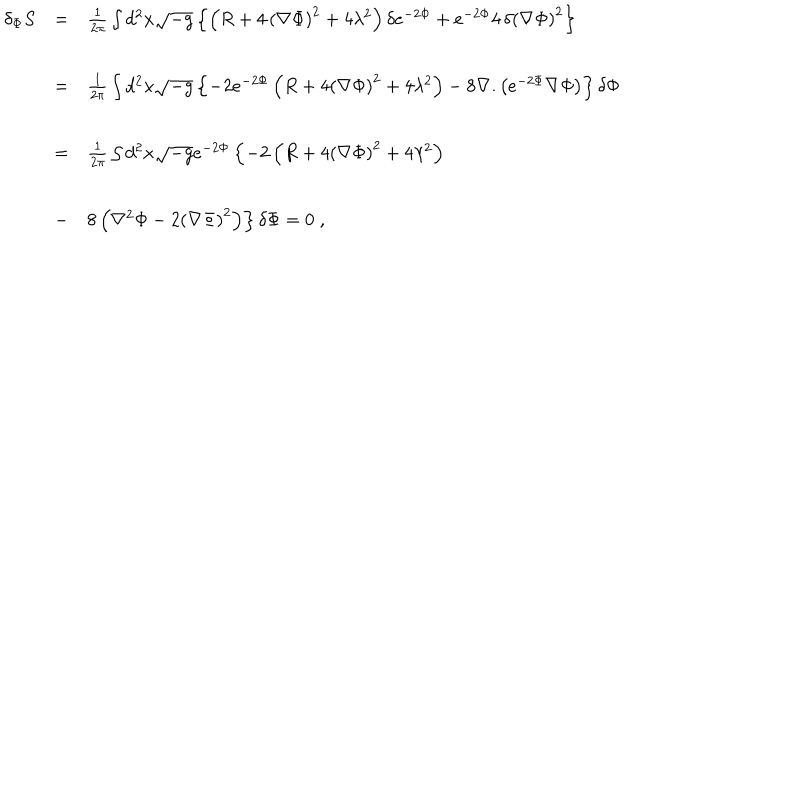
\begin{array} { l c l } { { \delta _ { \Phi } S } } & { { = } } & { { { \frac { 1 } { 2 \pi } } \int d ^ { 2 } x \sqrt { - g } \left\{ \left( R + 4 \, { \left( \nabla \Phi \right) } ^ { 2 } + 4 \lambda ^ { 2 } \right) \delta e ^ { - 2 \Phi } + e ^ { - 2 \Phi } 4 \, \delta { \left( \nabla \Phi \right) } ^ { 2 } \right\} } } \\ { { } } & { { = } } & { { { \frac { 1 } { 2 \pi } } \int d ^ { 2 } x \sqrt { - g } \left\{ - 2 e ^ { - 2 \Phi } \left( R + 4 { \left( \nabla \Phi \right) } ^ { 2 } + 4 \lambda ^ { 2 } \right) - 8 \nabla . \left( e ^ { - 2 \Phi } \nabla \Phi \right) \right\} \delta \Phi } } \\ { { } } & { { = } } & { { { \frac { 1 } { 2 \pi } } \int d ^ { 2 } x \sqrt { - g } e ^ { - 2 \Phi } \left\{ - 2 \left( R + 4 { \left( \nabla \Phi \right) } ^ { 2 } + 4 \lambda ^ { 2 } \right) \right. } } \\ { { } } & { { - } } & { { 8 \left. \left( \nabla ^ { 2 } \Phi - 2 { \left( \nabla \Phi \right) } ^ { 2 } \right) \right\} \delta \Phi = 0 \; , } } \\ \end{array}